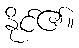
နိုင်၏။